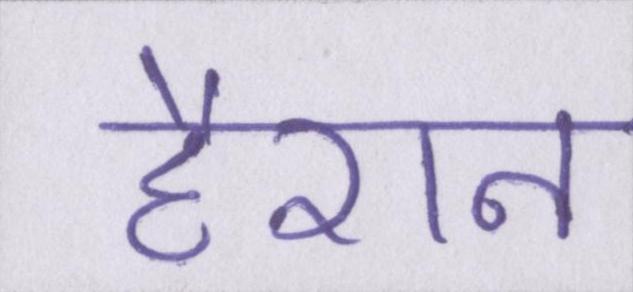
हैरान